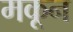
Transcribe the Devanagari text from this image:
मकून